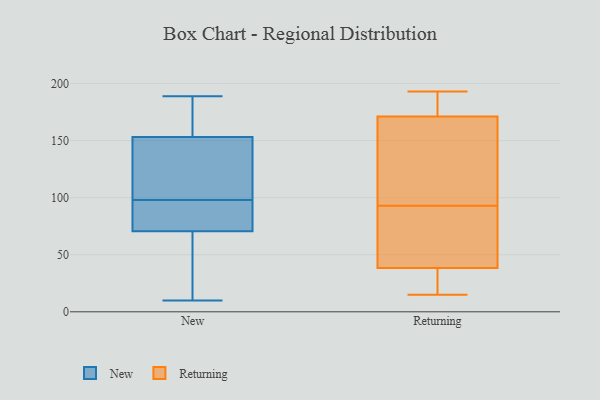
{"axis": {"x": "Temperature (°C)", "y": "Value"}, "legend": ["New", "Returning"], "data": [{"x": "", "y": 167, "type": "New"}, {"x": "", "y": 21, "type": "New"}, {"x": "", "y": 116, "type": "New"}, {"x": "", "y": 129, "type": "New"}, {"x": "", "y": 10, "type": "New"}, {"x": "", "y": 24, "type": "New"}, {"x": "", "y": 15, "type": "New"}, {"x": "", "y": 97, "type": "New"}, {"x": "", "y": 151, "type": "New"}, {"x": "", "y": 86, "type": "New"}, {"x": "", "y": 98, "type": "New"}, {"x": "", "y": 176, "type": "New"}, {"x": "", "y": 104, "type": "New"}, {"x": "", "y": 189, "type": "New"}, {"x": "", "y": 160, "type": "New"}, {"x": "", "y": 86, "type": "New"}, {"x": "", "y": 98, "type": "New"}, {"x": "", "y": 30, "type": "Returning"}, {"x": "", "y": 93, "type": "Returning"}, {"x": "", "y": 49, "type": "Returning"}, {"x": "", "y": 35, "type": "Returning"}, {"x": "", "y": 15, "type": "Returning"}, {"x": "", "y": 176, "type": "Returning"}, {"x": "", "y": 185, "type": "Returning"}, {"x": "", "y": 20, "type": "Returning"}, {"x": "", "y": 157, "type": "Returning"}, {"x": "", "y": 137, "type": "Returning"}, {"x": "", "y": 89, "type": "Returning"}, {"x": "", "y": 111, "type": "Returning"}, {"x": "", "y": 183, "type": "Returning"}, {"x": "", "y": 193, "type": "Returning"}, {"x": "", "y": 58, "type": "Returning"}]}